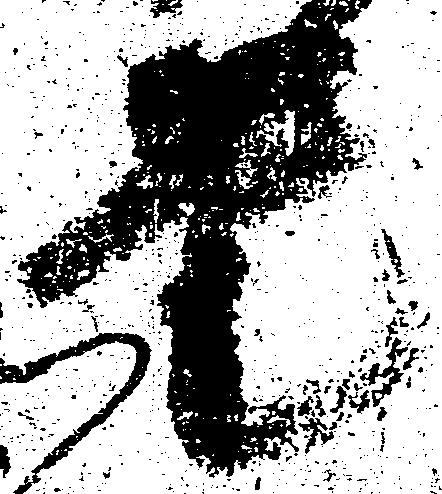
是